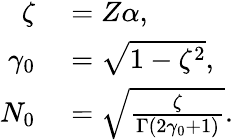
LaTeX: \begin{array}{rl}{\zeta}&{{}=Z\alpha,}\\ {\gamma_{0}}&{{}=\sqrt{1-\zeta^{2}},}\\ {N_{0}}&{{}=\sqrt{\frac{\zeta}{\Gamma(2\gamma_{0}+1)}}.}\end{array}